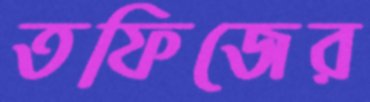
তফিজের